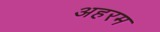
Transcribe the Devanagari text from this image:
अहरम